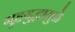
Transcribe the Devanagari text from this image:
गृहयुद्धामुळे